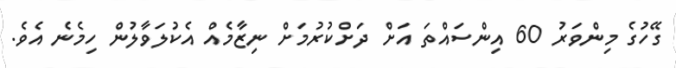
ގޭހުގެ މިންވަރު 60 އިންސައްތަ އަށް ދަށްކުރުމަށް ނިޒާމެއް އެކުލަވާލުން ހިމެނެ އެވެ.